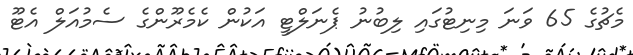
މެޗުގެ 65 ވަނަ މިނިޓުގައި ލިބުނު ޕެނަލްޓީ އަކުން ކެމެރޫންގެ ސެމުއަލް އެޓޫ